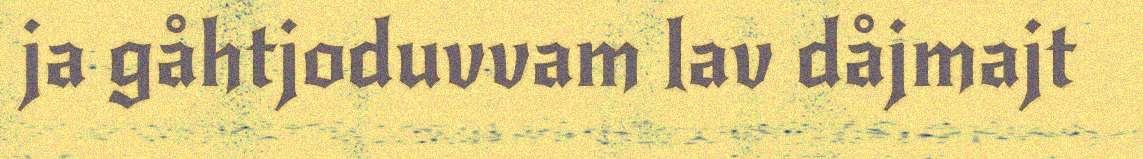
ja gåhtjoduvvam lav dåjmajt